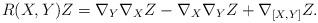
LaTeX: \begin{align*}R(X,Y)Z = \nabla_Y \nabla_X Z - \nabla_X \nabla_Y Z + \nabla_{[X,Y]} Z.\end{align*}